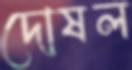
দোষল